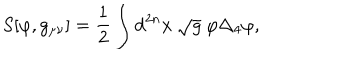
S [ \varphi , g _ { \mu \nu } ] = \frac { 1 } { 2 } \int \mathrm { d } ^ { 2 n } x ~ \sqrt { g } ~ \varphi \Delta _ { 4 } \varphi ,